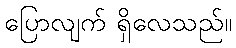
ပြောလျက် ရှိလေသည်။